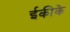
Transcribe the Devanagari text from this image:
ईकीके